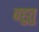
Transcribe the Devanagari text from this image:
बहुतु